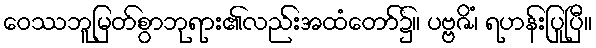
ဝေဿဘူမြတ်စွာဘုရား၏လည်းအထံတော်၌။ ပဗ္ဗဇိံ၊ ရဟန်းပြုပြီ။